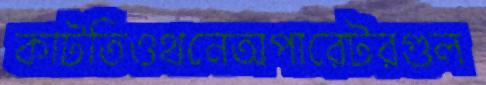
কাটতিওথনেঅপারেটরগুল